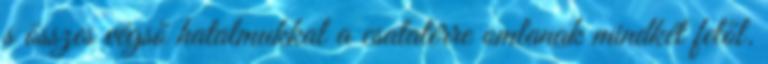
s összes végső hatalmukkal a csatatérre omlanak mindkét felől.